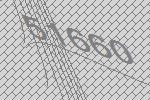
51660